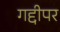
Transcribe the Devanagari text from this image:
गद्दीपर